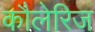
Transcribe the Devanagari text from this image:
कौलेरिज